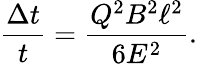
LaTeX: \frac{\Delta t}{t}=\frac{Q^{2}B^{2}\ell^{2}}{6E^{2}}.